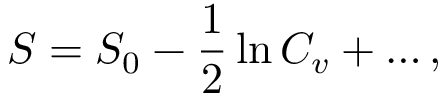
{ \cal { S } } = { \cal { S } } _ { 0 } - \frac { 1 } { 2 } \ln C _ { v } + \ldots ,